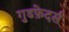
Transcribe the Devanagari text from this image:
गुडफ़ेदर्स